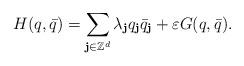
\begin{align*}H(q,\bar q)=\sum_{\textbf{j}\in\mathbb{Z}^d}\lambda_\textbf{j}q_\textbf{j}\bar q_\textbf{j}+\varepsilon G(q,\bar q).\end{align*}